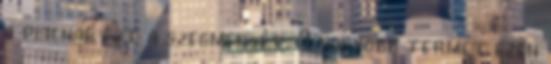
a piacnak ezt a szegmensét. A nagyobb termet ezen